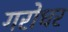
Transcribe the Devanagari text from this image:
गरोधर